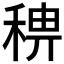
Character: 𥟗